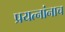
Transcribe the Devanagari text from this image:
प्रयत्नांनाच